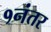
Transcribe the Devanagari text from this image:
१नंतर